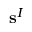
\mathbf { s } ^ { I }